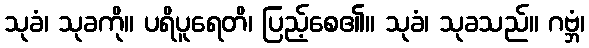
သုခံ၊ သုခကို။ ပရိပူရေတိ၊ ပြည့်စေ၏။ သုခံ၊ သုခသည်။ ဂဗ္ဘံ၊